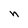
Character: n